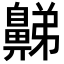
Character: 𪖦